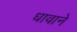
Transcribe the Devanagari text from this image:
धावाने